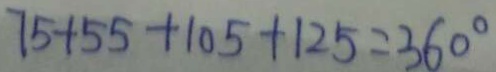
7 5 + 5 5 + 1 0 5 + 1 2 5 = 3 6 0 ^ { \circ }